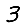
Digit: 3